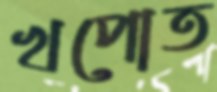
খপোত